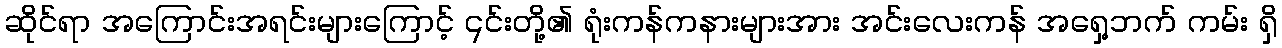
ဆိုင်ရာ အကြောင်းအရင်းများကြောင့် ၎င်းတို့၏ ရုံးကန်ကနားများအား အင်းလေးကန် အရှေ့ဘက် ကမ်း ရှိ